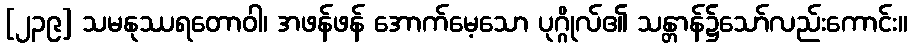
[၂၃၉] သမနုဿရတောဝါ၊ အဖန်ဖန် အောက်မေ့သော ပုဂ္ဂိုလ်၏ သန္တာန်၌သော်လည်းကောင်း။